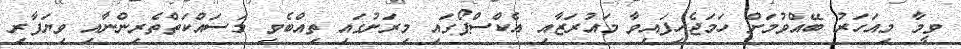
ވީމާ މިއަހަރު ބޭއްވުމަށް ހަމަޖެހިފައިވާ މައުރަޒާއި އެކްސްޕޯގައި މިރަށުގައި ތިއްބެވި މަސައްކަތްތެރިންނާއި ވިޔަފާރި